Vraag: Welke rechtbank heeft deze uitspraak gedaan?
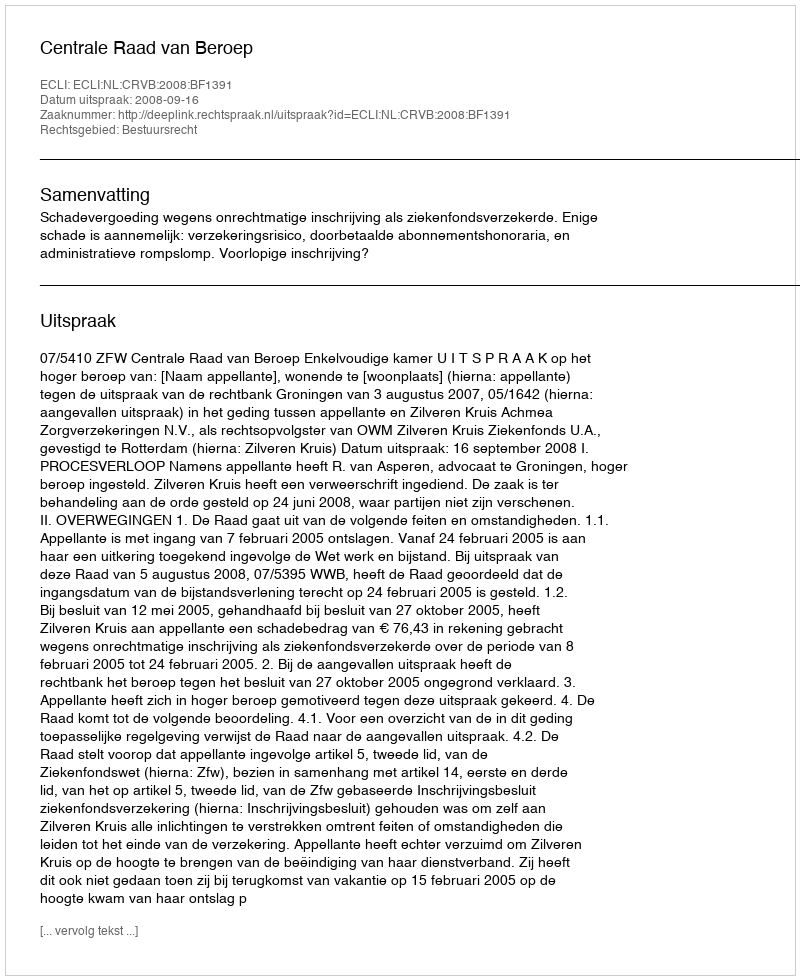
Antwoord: Centrale Raad van Beroep